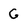
Character: G